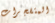
المتفجرات